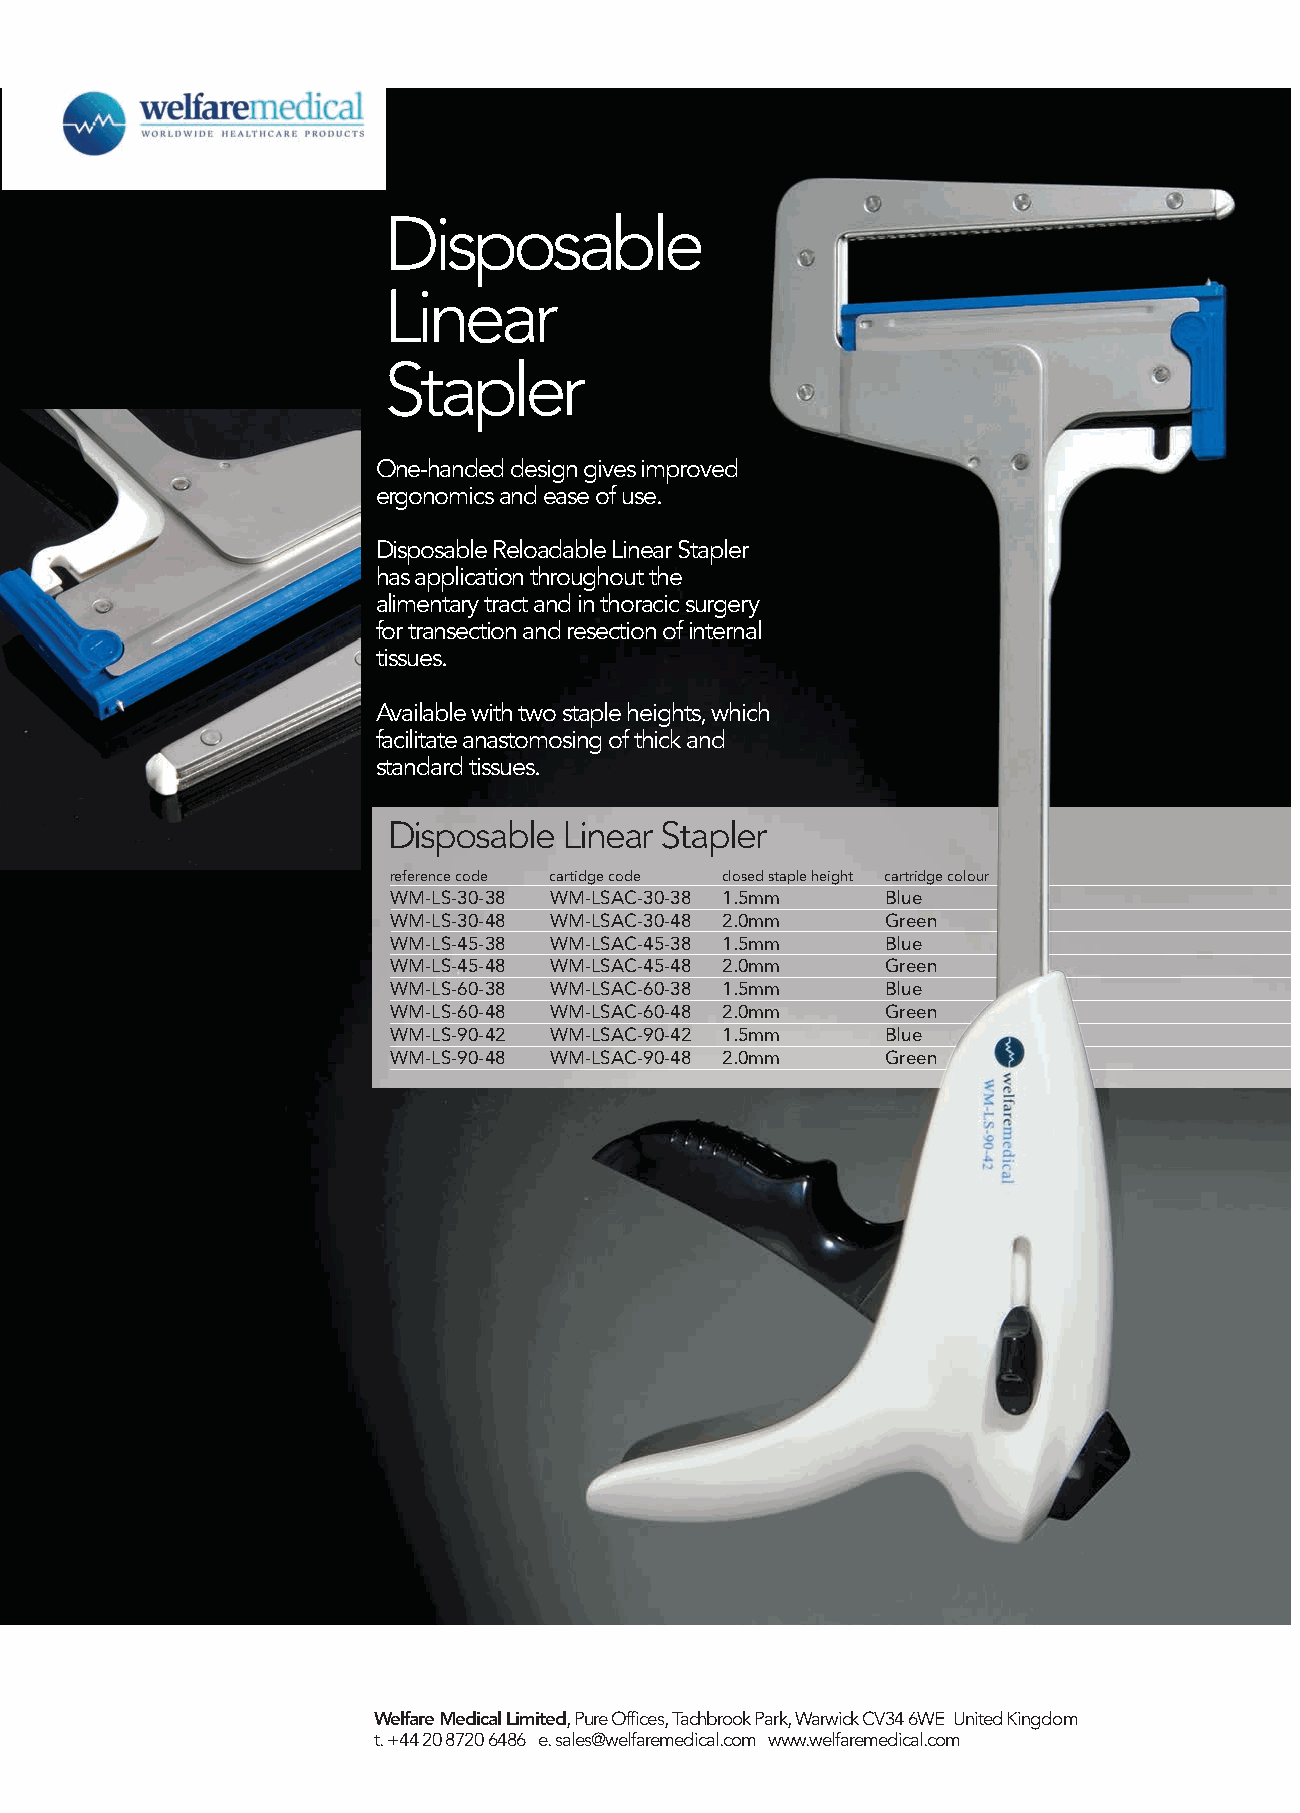
Disposable
 Linear
 Stapler
 One-handed design gives improved
 ergonomics and ease of use.
 Disposable Reloadable Linear Stapler
 has application throughout the
 alimentary tract and in thoracic surgery
 for transection and resection of internal
 tissues.
 Available with two staple heights, which
 facilitate anastomosing of thick and
 standard tissues.
 Disposable Linear Stapler
 reference code cartidge code closed staple height cartridge colour
 WM-LS-30-38 WM-LSAC-30-38 1.5mm  Blue
 WM-LS-30-48 WM-LSAC-30-48 2.0mm  Green
 WM-LS-45-38 WM-LSAC-45-38 1.5mm  Blue
 WM-LS-45-48 WM-LSAC-45-48 2.0mm  Green
 WM-LS-60-38 WM-LSAC-60-38 1.5mm  Blue
 WM-LS-60-48 WM-LSAC-60-48 2.0mm  Green
 WM-LS-90-42 WM-LSAC-90-42 1.5mm  Blue
 WM-LS-90-48 WM-LSAC-90-48 2.0mm  Green
 Welfare Medical Limited, Pure Offices, Tachbrook Park, Warwick CV34 6WE United Kingdom
 t. +44 20 8720 6486 e. sales@welfaremedical.com www.welfaremedical.com